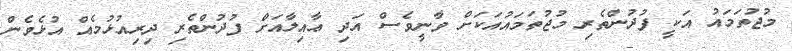
މުޖުތަމައު އަކީ ފުދުންތެރި މުޖުތަމައުއަކަށް ވާނީވެސް އަދި ޢާއިލާއަށް ފުދުންތެރި ދިރިއުޅުމެއް އުޅެވެން